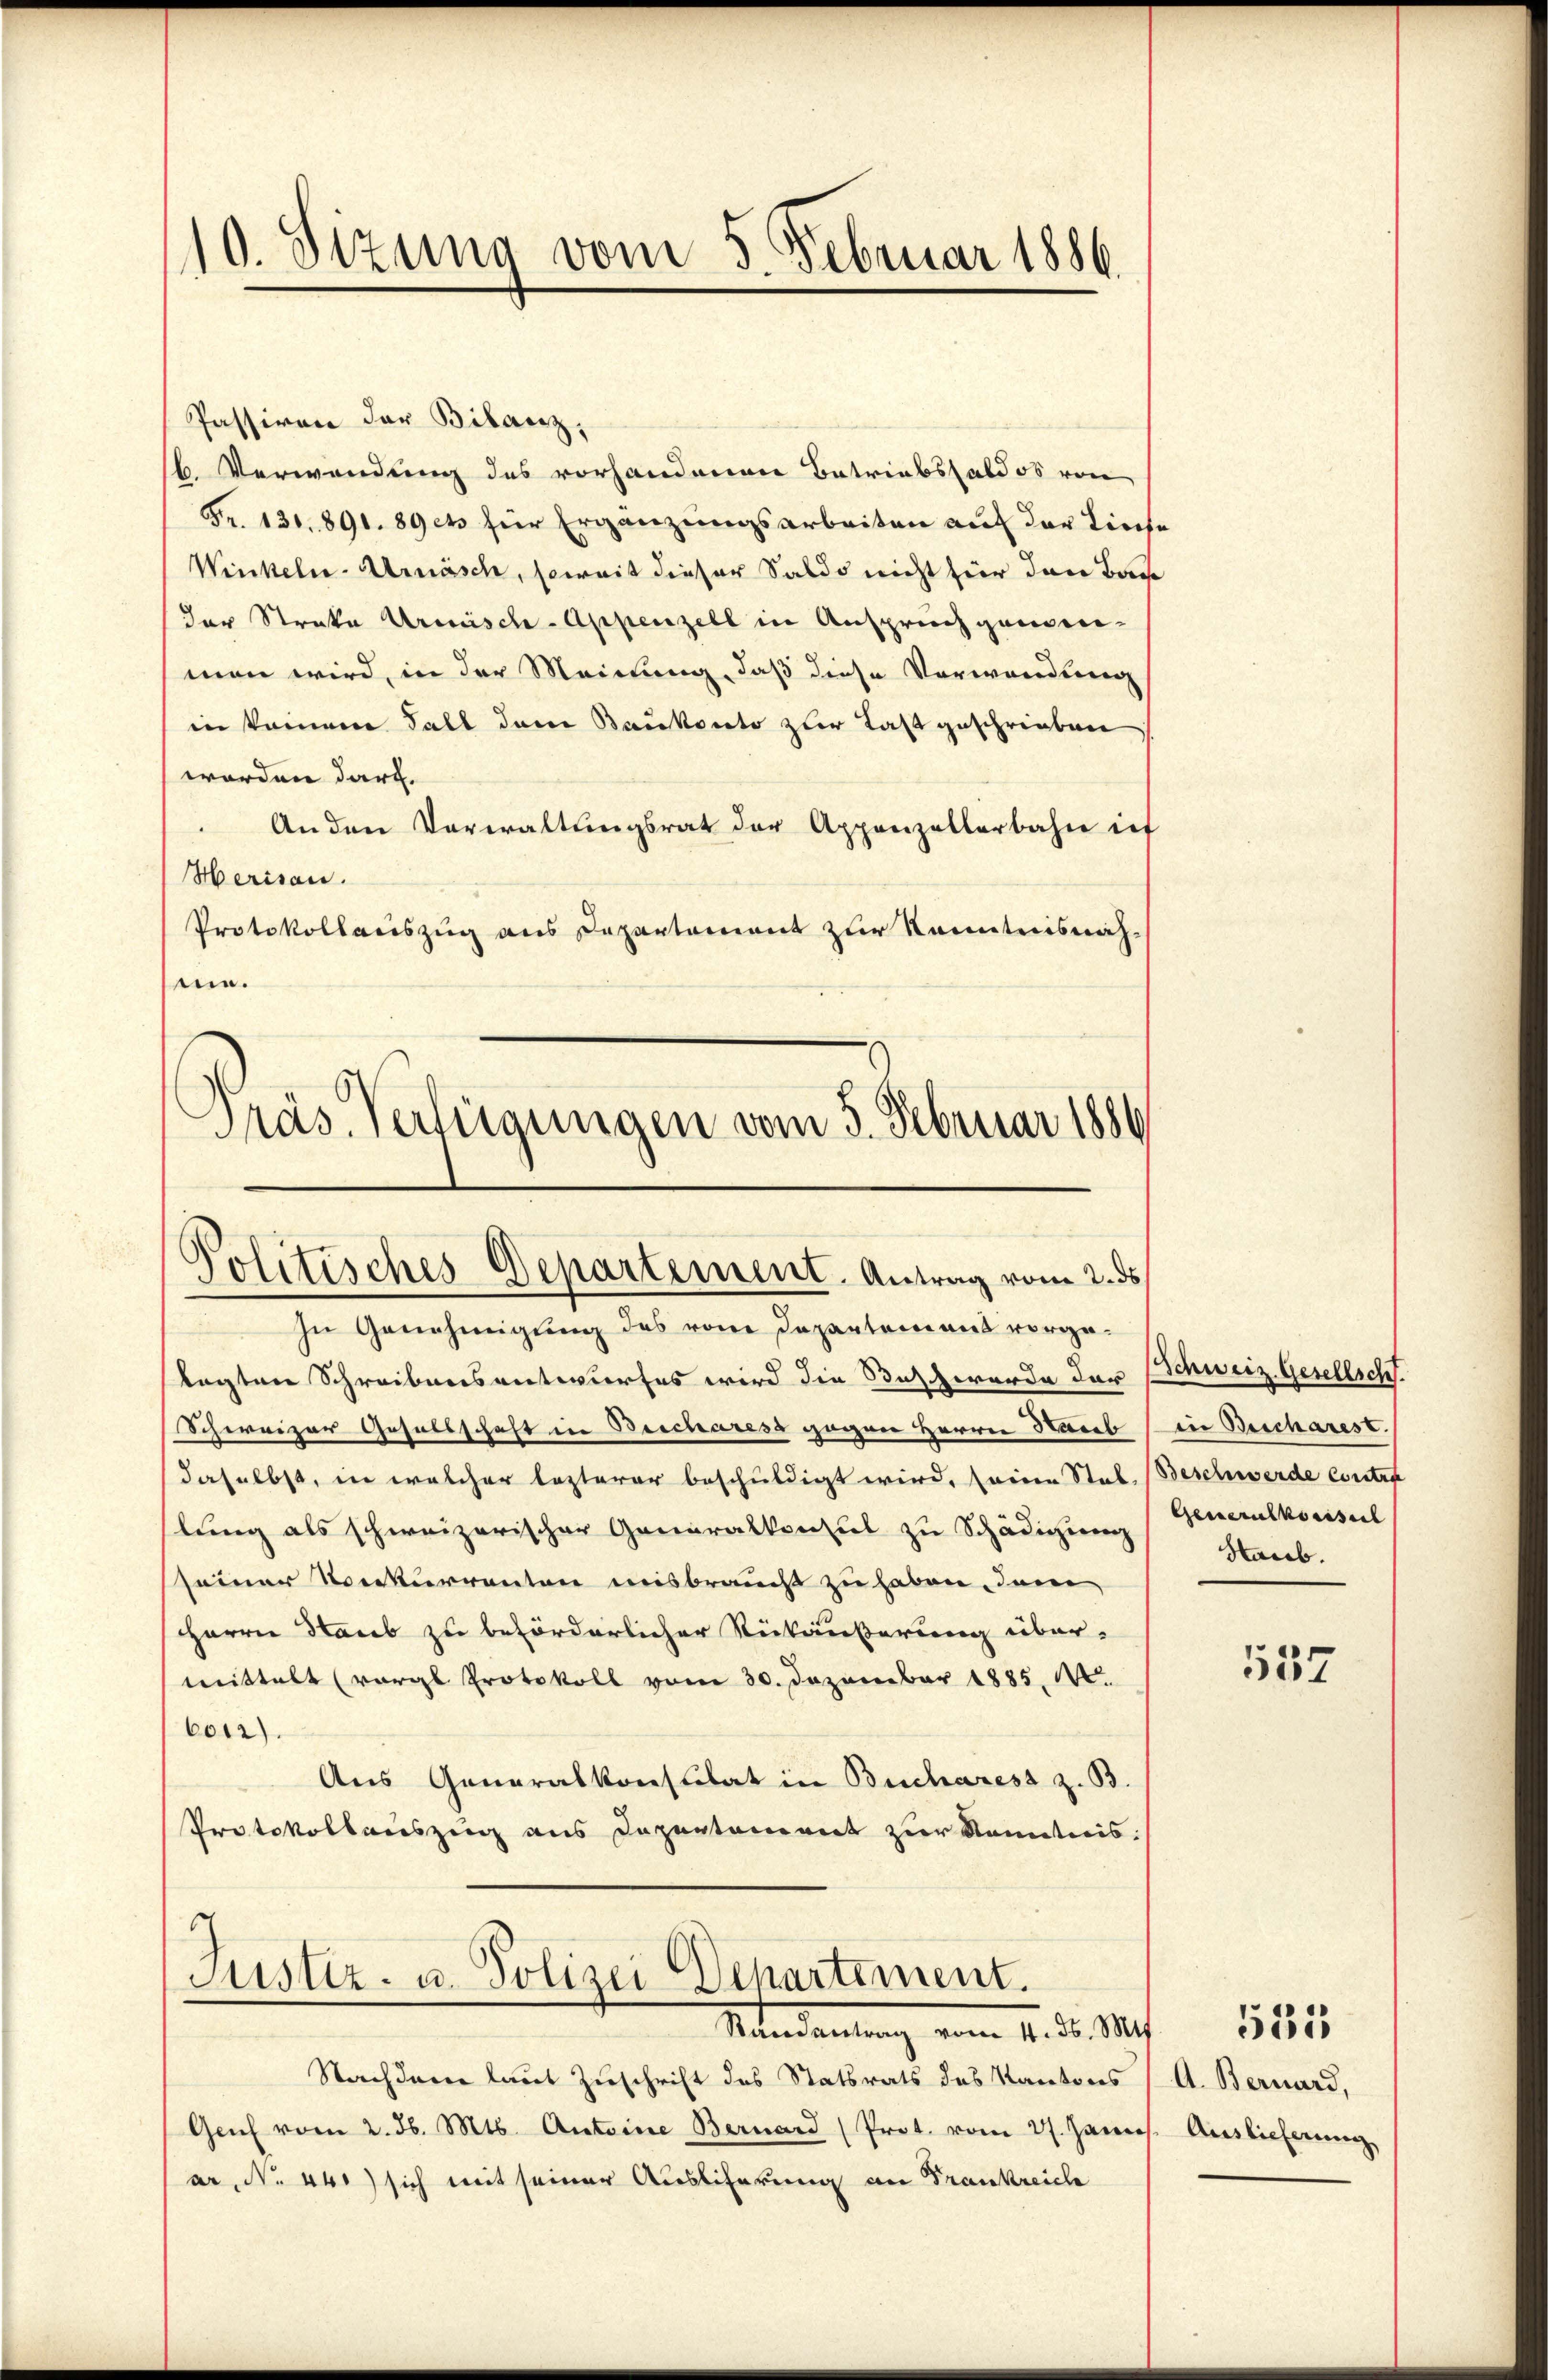
10. Sizung vom 5. Februar 1886

Passiven der Bilanz,
b. Verwendung des vorhandenen Betriebssaldos von
Fr. 131. 891. 89 et für Ergänzungsarbeiten auf der Lieche
Winkeln-Urnäsch, soweit dieser Saldo nicht für den Base
(der Streke Armisch-Appenzell in Anspruch genommen wird, in der Meinung, daß diese Verwendung
in keinem Fall den Baukonto zur Last geschrieben
worden darf.
Anden Verwaltungsrat der Appenzellerbahn ich
Herisau.
Protokollauszug aus Departement zur Kenntnisnahnie.
Präs. Verfügungen vom 5. Februar 1886

Politisches Departement. Antrag vom 2. ds

In Genehmigung des vom Departement vorge¬
Schweizer Gesellschaft in Beschares gegen Herrn Haub
daselbst, in welcher lezterer beschuldigt wird, seinen Stal, Beschwerde Contra
hlung als schweizerischer Generalkonsul zu Schädigung
seiner Rekurrenten misbraucht zu haben, den
Herrn Staub zu beförderlicher Rückäußerung über-
mittelt (vergl. Protokoll vom 30. Dezember 1885. 140.
6012).
Aus Generalkonsulat in Buchares z. B.
Protokollauszug aus Departement zur Kenntnis:
1
Justiz- u. Polizei Departement.

lagten Schreibensentwurfes wird die Beschwerde der Schweiz. Gesellsch.

Mandantung vom 4. d. M.

Nachdem laut Zuschrift des Statsrats des Kantons
Genf vom 2. d. Mts. Anteine Bernard (Prot. vom 21. Jann
ar, No 44.) sich mit seiner Auslieferung an Frankreich

in Bescharest.
Generalkonsul
Harb.

537

A. Bernard,
Auslieferung

535